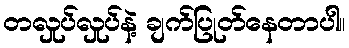
တလှုပ်လှုပ်နဲ့ ချက်ပြုတ်နေတာပါ။